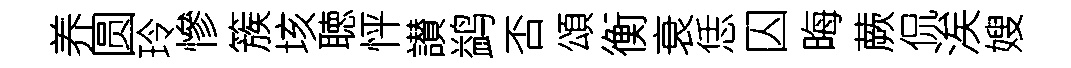
养圆玲慘簇垓聴怦讃鹢否頌衡衰恁囚晦蕨侃涘嫂